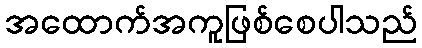
အထောက်အကူဖြစ်စေပါသည်